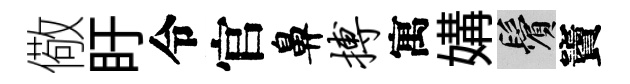
儆盱令官鼻搏寓媾鬢竇